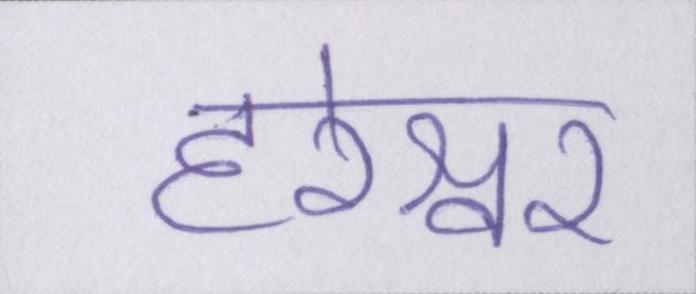
हरेश्वर